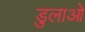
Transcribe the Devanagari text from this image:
डुलाओ